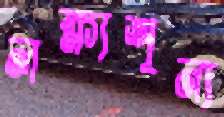
লক্ষ্যশূন্য